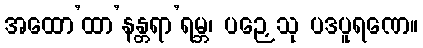
အထော’ထာ’နန္တရာ’ရမ္ဘ၊ ပဉှေသု ပဒပူရဏေ။